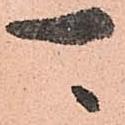
可